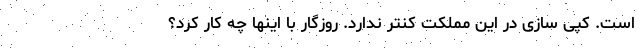
است. کپی سازی در این مملکت کنتر ندارد. روزگار با اینها چه کار کرد؟